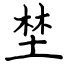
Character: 埜